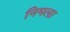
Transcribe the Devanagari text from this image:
निमला